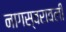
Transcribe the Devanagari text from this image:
नागस्वरावली